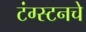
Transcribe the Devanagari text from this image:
टंग्स्टनचे